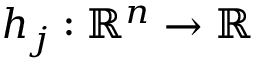
h _ { j } : \, \! \mathbb { R } ^ { n } \rightarrow \mathbb { R }